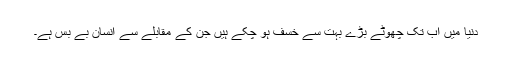
دنیا میں اب تک چھوٹے بڑے بہت سے خسف ہو چکے ہیں جن کے مقابلے سے انسان بے بس ہے۔